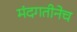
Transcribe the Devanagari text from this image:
मंदगतीनेच